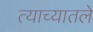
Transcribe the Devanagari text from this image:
त्याच्यातले